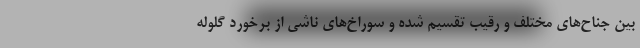
بین جناح‌های مختلف و رقیب تقسیم شده و سوراخ‌های ناشی از برخورد گلوله